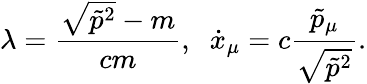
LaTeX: \lambda=\frac{\sqrt{\tilde{p}^{2}}-m}{cm},\; \; \dot{x}_{\mu}=c\frac{\tilde{p}_{\mu}}{\sqrt{\tilde{p}^{2}}}{.}